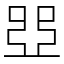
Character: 𠁁